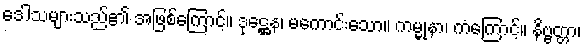
ဒေါသများသည်၏ အဖြစ်ကြောင့်။ ဒုဋ္ဌေန၊ မကောင်းသော။ ကမ္မုနာ၊ ကံကြောင့်။ နိဗ္ဗတ္တာ၊